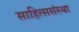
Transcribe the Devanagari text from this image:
साहित्ससंस्था